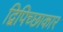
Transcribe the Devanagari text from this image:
द्विपिच्छाकार